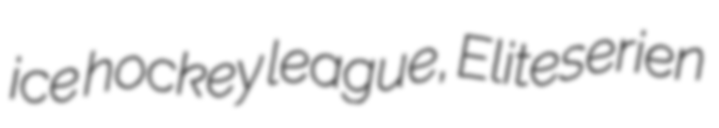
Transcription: ice hockey league, Eliteserien